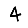
Digit: 4